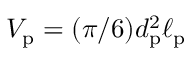
V _ { \mathrm { p } } = ( \pi / 6 ) d _ { \mathrm { p } } ^ { 2 } \ell _ { \mathrm { p } }